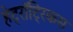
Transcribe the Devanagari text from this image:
हेट्रॉट्रिकस